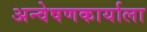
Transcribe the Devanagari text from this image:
अन्वेषणकार्याला